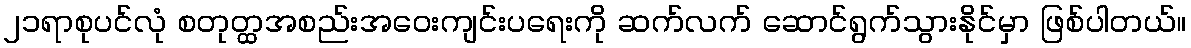
၂၁ရာစုပင်လုံ စတုတ္ထအစည်းအဝေးကျင်းပရေးကို ဆက်လက် ဆောင်ရွက်သွားနိုင်မှာ ဖြစ်ပါတယ်။